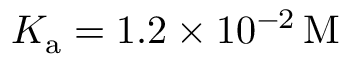
K _ { \mathrm { a } } = 1 . 2 \times 1 0 ^ { - 2 } \, \mathrm { M }